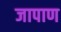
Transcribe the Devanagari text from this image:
जापाण